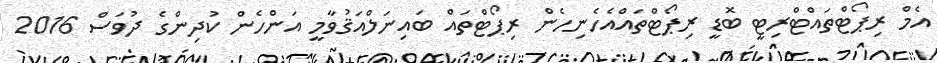
އެމް ރިޕޯޓްތައްޓްރިޓީ ބޮޑީ ރިޕޯޓްތައްއެހެނިހެން ރިޕޯޓްތައް ބައިނަލްއަޤުވާމީ އަންހެން ކުދިންގެ ދުވަސް 2016